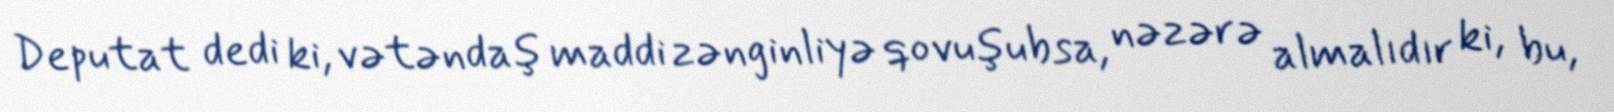
Deputat dedi ki, vətəndaş maddi zənginliyə qovuşubsa, nəzərə almalıdır ki, bu,